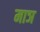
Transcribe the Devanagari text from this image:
माञ